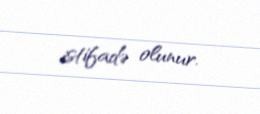
istifadə olunur.